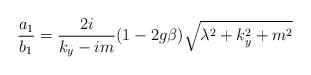
LaTeX: \begin{align*}\frac{a_1}{b_1}=\frac{2i}{k_y-im}(1-2g\beta )\sqrt{\lambda ^2+k_y^2+m^2}\end{align*}